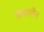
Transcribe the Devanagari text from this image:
शंकाहीन